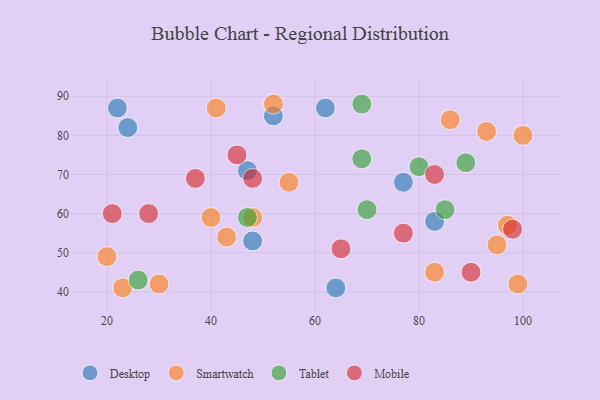
{"axis": {"x": "GDP", "y": "Life Expectancy"}, "legend": ["Desktop", "Mobile", "Smartwatch", "Tablet"], "data": [{"x": "62", "y": 87, "type": "Desktop"}, {"x": "24", "y": 82, "type": "Desktop"}, {"x": "52", "y": 85, "type": "Desktop"}, {"x": "47", "y": 71, "type": "Desktop"}, {"x": "83", "y": 58, "type": "Desktop"}, {"x": "48", "y": 53, "type": "Desktop"}, {"x": "77", "y": 68, "type": "Desktop"}, {"x": "22", "y": 87, "type": "Desktop"}, {"x": "64", "y": 41, "type": "Desktop"}, {"x": "23", "y": 41, "type": "Smartwatch"}, {"x": "30", "y": 42, "type": "Smartwatch"}, {"x": "40", "y": 59, "type": "Smartwatch"}, {"x": "99", "y": 42, "type": "Smartwatch"}, {"x": "95", "y": 52, "type": "Smartwatch"}, {"x": "48", "y": 59, "type": "Smartwatch"}, {"x": "41", "y": 87, "type": "Smartwatch"}, {"x": "100", "y": 80, "type": "Smartwatch"}, {"x": "86", "y": 84, "type": "Smartwatch"}, {"x": "83", "y": 45, "type": "Smartwatch"}, {"x": "55", "y": 68, "type": "Smartwatch"}, {"x": "52", "y": 88, "type": "Smartwatch"}, {"x": "20", "y": 49, "type": "Smartwatch"}, {"x": "93", "y": 81, "type": "Smartwatch"}, {"x": "97", "y": 57, "type": "Smartwatch"}, {"x": "43", "y": 54, "type": "Smartwatch"}, {"x": "89", "y": 73, "type": "Tablet"}, {"x": "80", "y": 72, "type": "Tablet"}, {"x": "26", "y": 43, "type": "Tablet"}, {"x": "47", "y": 59, "type": "Tablet"}, {"x": "69", "y": 74, "type": "Tablet"}, {"x": "85", "y": 61, "type": "Tablet"}, {"x": "70", "y": 61, "type": "Tablet"}, {"x": "69", "y": 88, "type": "Tablet"}, {"x": "90", "y": 45, "type": "Mobile"}, {"x": "37", "y": 69, "type": "Mobile"}, {"x": "21", "y": 60, "type": "Mobile"}, {"x": "48", "y": 69, "type": "Mobile"}, {"x": "83", "y": 70, "type": "Mobile"}, {"x": "28", "y": 60, "type": "Mobile"}, {"x": "45", "y": 75, "type": "Mobile"}, {"x": "65", "y": 51, "type": "Mobile"}, {"x": "77", "y": 55, "type": "Mobile"}, {"x": "98", "y": 56, "type": "Mobile"}]}